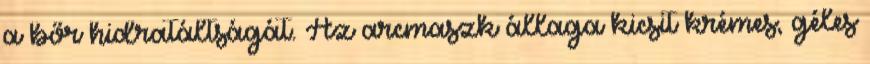
a bőr hidratáltságát. Az arcmaszk állaga kicsit krémes, géles